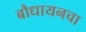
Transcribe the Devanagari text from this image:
बौधायनचा